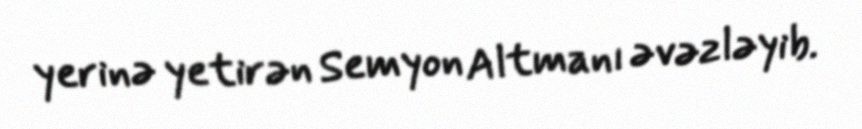
yerinə yetirən Semyon Altmanı əvəzləyib.